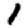
Digit: 1